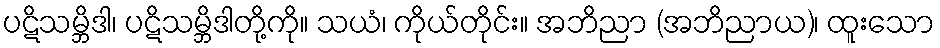
ပဋိသမ္ဘိဒါ၊ ပဋိသမ္ဘိဒါတို့ကို။ သယံ၊ ကိုယ်တိုင်း။ အဘိညာ (အဘိညာယ)၊ ထူးသော